Annual administration report of the Civil Veterinary Department of India - 1892-1893
Year: 1892
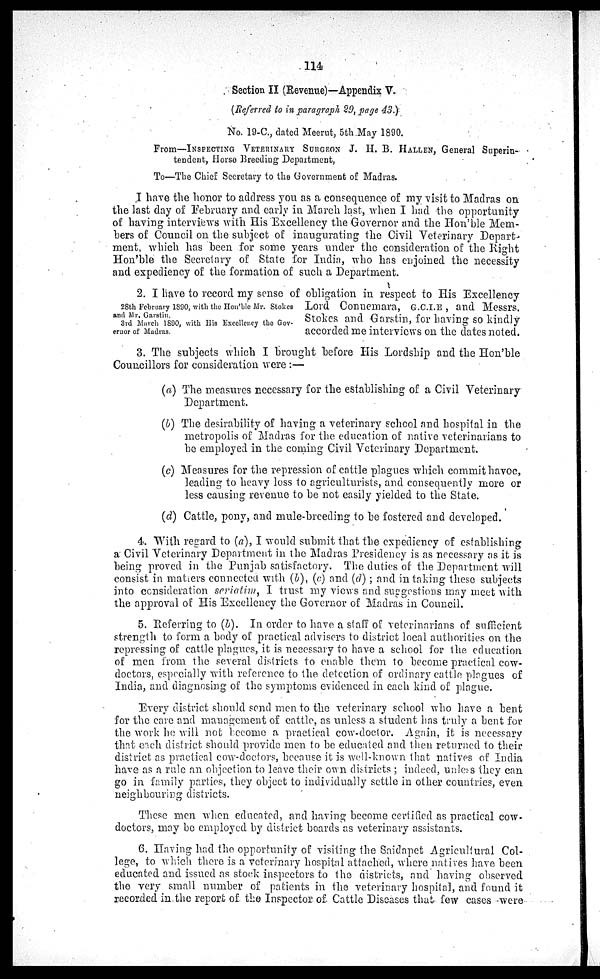
114
Section II (Revenue)—Appendix V.
(Referred to in paragraph 29, page 43.)
No. 19-C., dated Meerut, 5th May 1890.
From—INSPECTING VETERINARY SURGEON J. H. B. HALLEN, General Superin-
tendent, Horse Breeding Department,
To—The Chief Secretary to the Government of Madras.
I have the honor to address you as a consequence of my visit to Madras on
the last day of February and early in March last, when I had the opportunity
of having interviews with His Excellency the Governor and the Hon'ble Mem-
bers of Council on the subject of inaugurating the Civil Veterinary Depart-
ment, which has been for some years under the consideration of the Right
Hon'ble the Secretary of State for India, who has enjoined the necessity
and expediency of the formation of such a Department.
28th February 1890, with the Hon'ble Mr. Stokes
and Mr. Garstin.
3rd March 1890, with His Excellency the Gov-
ernor of Madras.
2. I have to record my sense of obligation in respect to His Excellency
Lord Connemara, G.C.I.E , and Messrs.
Stokes and Garstin, for having so kindly
accorded me interviews on the dates noted.
3. The subjects which I brought before His Lordship and the Hon'ble
Councillors for consideration were:—
(a) The measures necessary for the establishing of a Civil Veterinary
Department.
(b) The desirability of having a veterinary school and hospital in the
metropolis of Madras for the education of native veterinarians to
be employed in the coming Civil Veterinary Department.
(c) Measures for the repression of cattle plagues which commit havoc,
leading to heavy loss to agriculturists, and consequently more or
less causing revenue to be not easily yielded to the State.
(d) Cattle, pony, and mule-breeding to be fostered and developed.
4. With regard to (a), I would submit that the expediency of establishing
a Civil Veterinary Department in the Madras Presidency is as necessary as it is
being proved in the Punjab satisfactory. The duties of the Department will
consist in matters connected with (b), (c) and (d); and in taking these subjects
into consideration seriatim, I trust my views and suggestions may meet with
the approval of His Excellency the Governor of Madras in Council.
5. Referring to (b). In order to have a staff of veterinarians of sufficient
strength to form a body of practical advisers to district local authorities on the
repressing of cattle plagues, it is necessary to have a school for the. education
of men from the several districts to enable them to become practical cow-
doctors, especially with reference to the detection of ordinary cattle plagues of
India, and diagnosing of the symptoms evidenced in each kind of plague.
Every district should send men to the veterinary school who have a bent
for the care and management of cattle, as unless a student has truly a bent for
the work he will not become a practical cow-doctor. Again, it is necessary
that each district should provide men to be educated and then returned to their
district as practical cow-doctors, because it is well-known that natives of India
have as a rule an objection to leave their own districts; indeed, unless they can
go in family parties, they object to individually settle in other countries, even
neighbouring districts.
These men when educated, and having become certified as practical cow-
doctors, may be employed by district boards as veterinary assistants.
6. Having had the opportunity of visiting the Saidapet Agricultural Col-
lege, to which there is a veterinary hospital attached, where natives have been
educated and issued as stock inspectors to the districts, and having observed
the very small number of patients in the veterinary hospital, and found it
recorded in the report of the Inspector of Cattle Diseases that few cases were